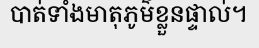
បាត់ទាំងមាតុភូម៌ខ្លួនផ្ទាល់។